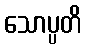
သောပ္ပတိ